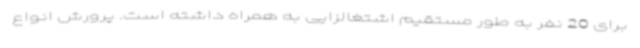
برای 20 نفر به طور مستقیم اشتغالزایی به همراه داشته است. پرورش انواع